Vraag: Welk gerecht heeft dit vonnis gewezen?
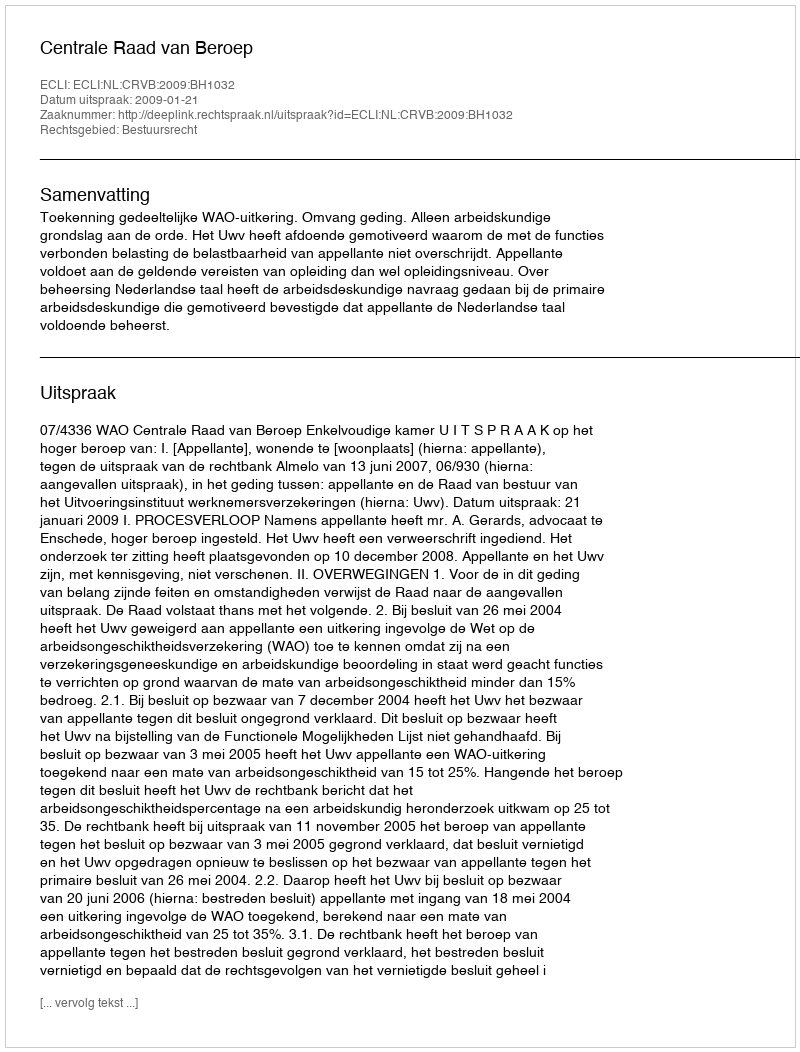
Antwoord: Centrale Raad van Beroep